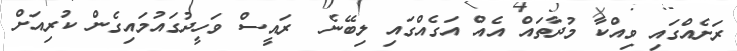
ރަށެއްގައި ވިއްކާ މުދާތައް އެއް އަގެއްގައި ލިބޭނެ  ރައީސް ވަހީދުގައުމައިގެން ކުރިއަށް